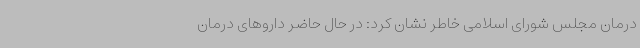
درمان مجلس شورای اسلامی خاطر نشان کرد: در حال حاضر داروهای درمان